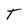
Character: T